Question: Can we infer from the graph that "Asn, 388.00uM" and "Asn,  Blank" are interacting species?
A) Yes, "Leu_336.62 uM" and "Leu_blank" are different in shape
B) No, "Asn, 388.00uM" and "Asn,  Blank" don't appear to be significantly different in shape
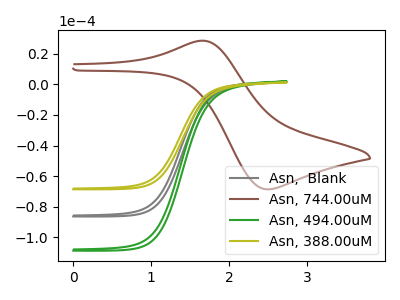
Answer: <think>The gray curve "Asn,  Blank" has no peaks. The brown curve "Asn, 744.00uM" has an anodic peak at (1.65V, 28.65uA) and a cathodic peak at (2.50V, -68.70uA). The green curve "Asn, 494.00uM" has no peaks. The olive curve "Asn, 388.00uM" has no peaks.
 Neither "Asn, 388.00uM" or "Asn,  Blank" have any peaks.</think>
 <answer>B) No, "Asn, 388.00uM" and "Asn,  Blank" don't appear to be significantly different in shape</answer>
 <eval>B</eval>